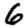
Digit: 6